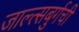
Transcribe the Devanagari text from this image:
जाल्त्सबुर्गची